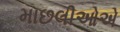
માછલીઓએ